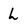
Character: L